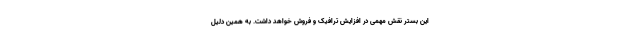
این بستر نقش مهمی در افزایش ترافیک و فروش خواهد داشت. به همین دلیل